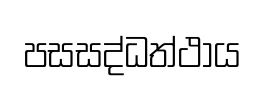
පසසද්ධත්ථාය